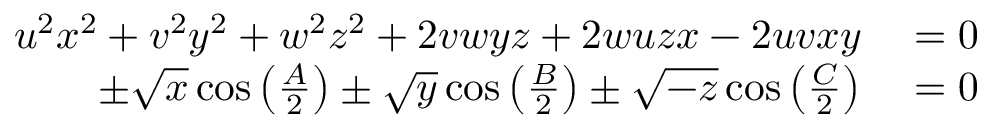
\begin{array} { r l } { u ^ { 2 } x ^ { 2 } + v ^ { 2 } y ^ { 2 } + w ^ { 2 } z ^ { 2 } + 2 v w y z + 2 w u z x - 2 u v x y } & { { } = 0 } \\ { \pm { \sqrt { x } } \cos \left( { \frac { A } { 2 } } \right) \pm { \sqrt { y } } \cos \left( { \frac { B } { 2 } } \right) \pm { \sqrt { - z } } \cos \left( { \frac { C } { 2 } } \right) } & { { } = 0 } \end{array}